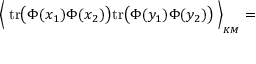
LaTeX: \Big \langle \; \mathrm { t r } \big ( \Phi ( x _ { 1 } ) \Phi ( x _ { 2 } ) \big ) \mathrm { t r } \big ( \Phi ( y _ { 1 } ) \Phi ( y _ { 2 } ) \big ) \; \Big \rangle _ { \mathrm { } _ { K M } } =